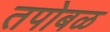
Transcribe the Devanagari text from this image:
तपोबळ